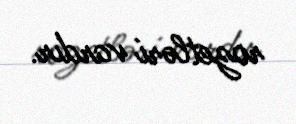
rozetləri vardır.